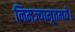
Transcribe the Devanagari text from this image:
निमज्यामृतमये।